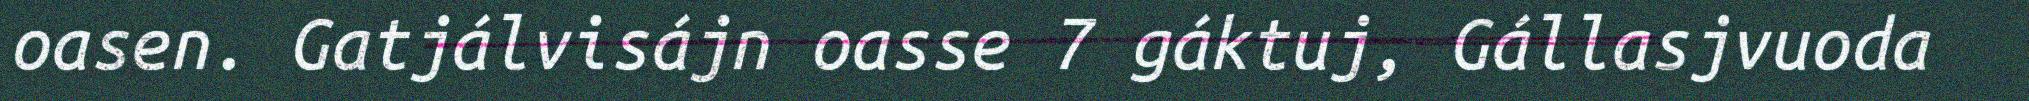
oasen. Gatjálvisájn oasse 7 gáktuj, Gállasjvuoda